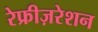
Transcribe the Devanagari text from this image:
रेफ्रीज़रेशन